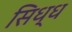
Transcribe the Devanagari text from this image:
सिध्ध